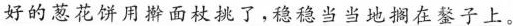
好的葱花饼用擀面杖挑了，稳稳当当地搁在鏊子上。